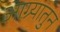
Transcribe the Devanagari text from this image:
आग्र्यातुन